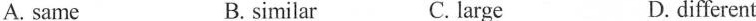
A.same B.similar C.large D.different